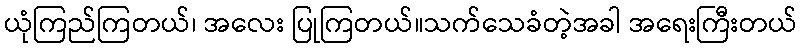
ယုံကြည်ကြတယ်၊ အလေး ပြုကြတယ်။သက်သေခံတဲ့အခါ အရေးကြီးတယ်